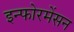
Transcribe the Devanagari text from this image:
इन्फोरमेंसन